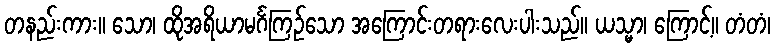
တနည်းကား။ သော၊ ထိုအရိယာမင်္ဂကြဉ်သော အကြောင်းတရားလေးပါးသည်။ ယသ္မာ၊ ကြောင့်။ တံတံ၊